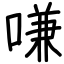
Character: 嗛